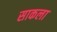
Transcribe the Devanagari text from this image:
साकला